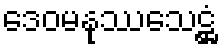
ဒေဝမနုဿသေဋ္ဌံ